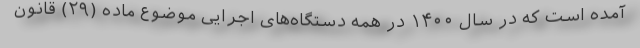
آمده است که در سال ۱۴۰۰ در همه دستگاه‌های اجرایی موضوع ماده (۲۹) قانون